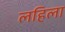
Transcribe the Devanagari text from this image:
लहिला